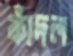
কাঁদল